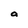
Character: a